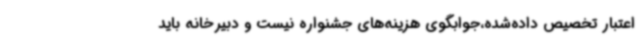
اعتبار تخصیص داده‌شده،جوابگوی هزینه‌های جشنواره نیست و دبیرخانه باید